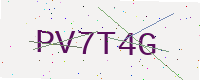
Text: PV7T4G